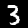
Digit: 3